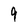
Character: 9